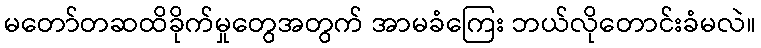
မတော်တဆထိခိုက်မှုတွေအတွက် အာမခံကြေး ဘယ်လိုတောင်းခံမလဲ။